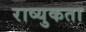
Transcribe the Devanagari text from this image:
राष्युकता